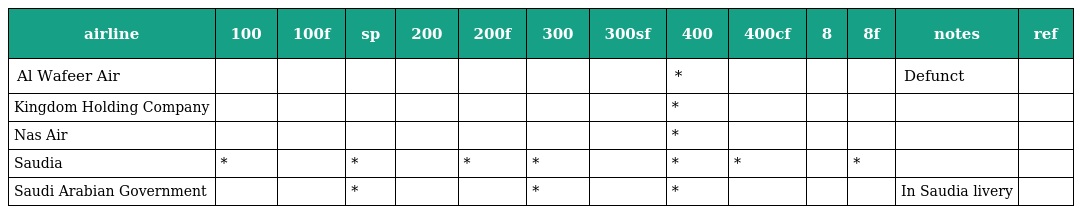
| airline | 100 | 100f | sp | 200 | 200f | 300 | 300sf | 400 | 400cf | 8 | 8f | notes | ref |
 | --- | --- | --- | --- | --- | --- | --- | --- | --- | --- | --- | --- | --- | --- |
 | Al Wafeer Air |  |  |  |  |  |  |  | * |  |  |  | Defunct |  |
 | Kingdom Holding Company |  |  |  |  |  |  |  | * |  |  |  |  |  |
 | Nas Air |  |  |  |  |  |  |  | * |  |  |  |  |  |
 | Saudia | * |  | * |  | * | * |  | * | * |  | * |  |  |
 | Saudi Arabian Government |  |  | * |  |  | * |  | * |  |  |  | In Saudia livery |  |